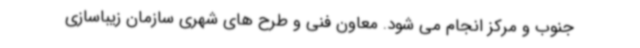
جنوب و مرکز انجام می شود. معاون فنی و طرح های شهری سازمان زیباسازی